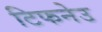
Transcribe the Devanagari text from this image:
टिफनेउ